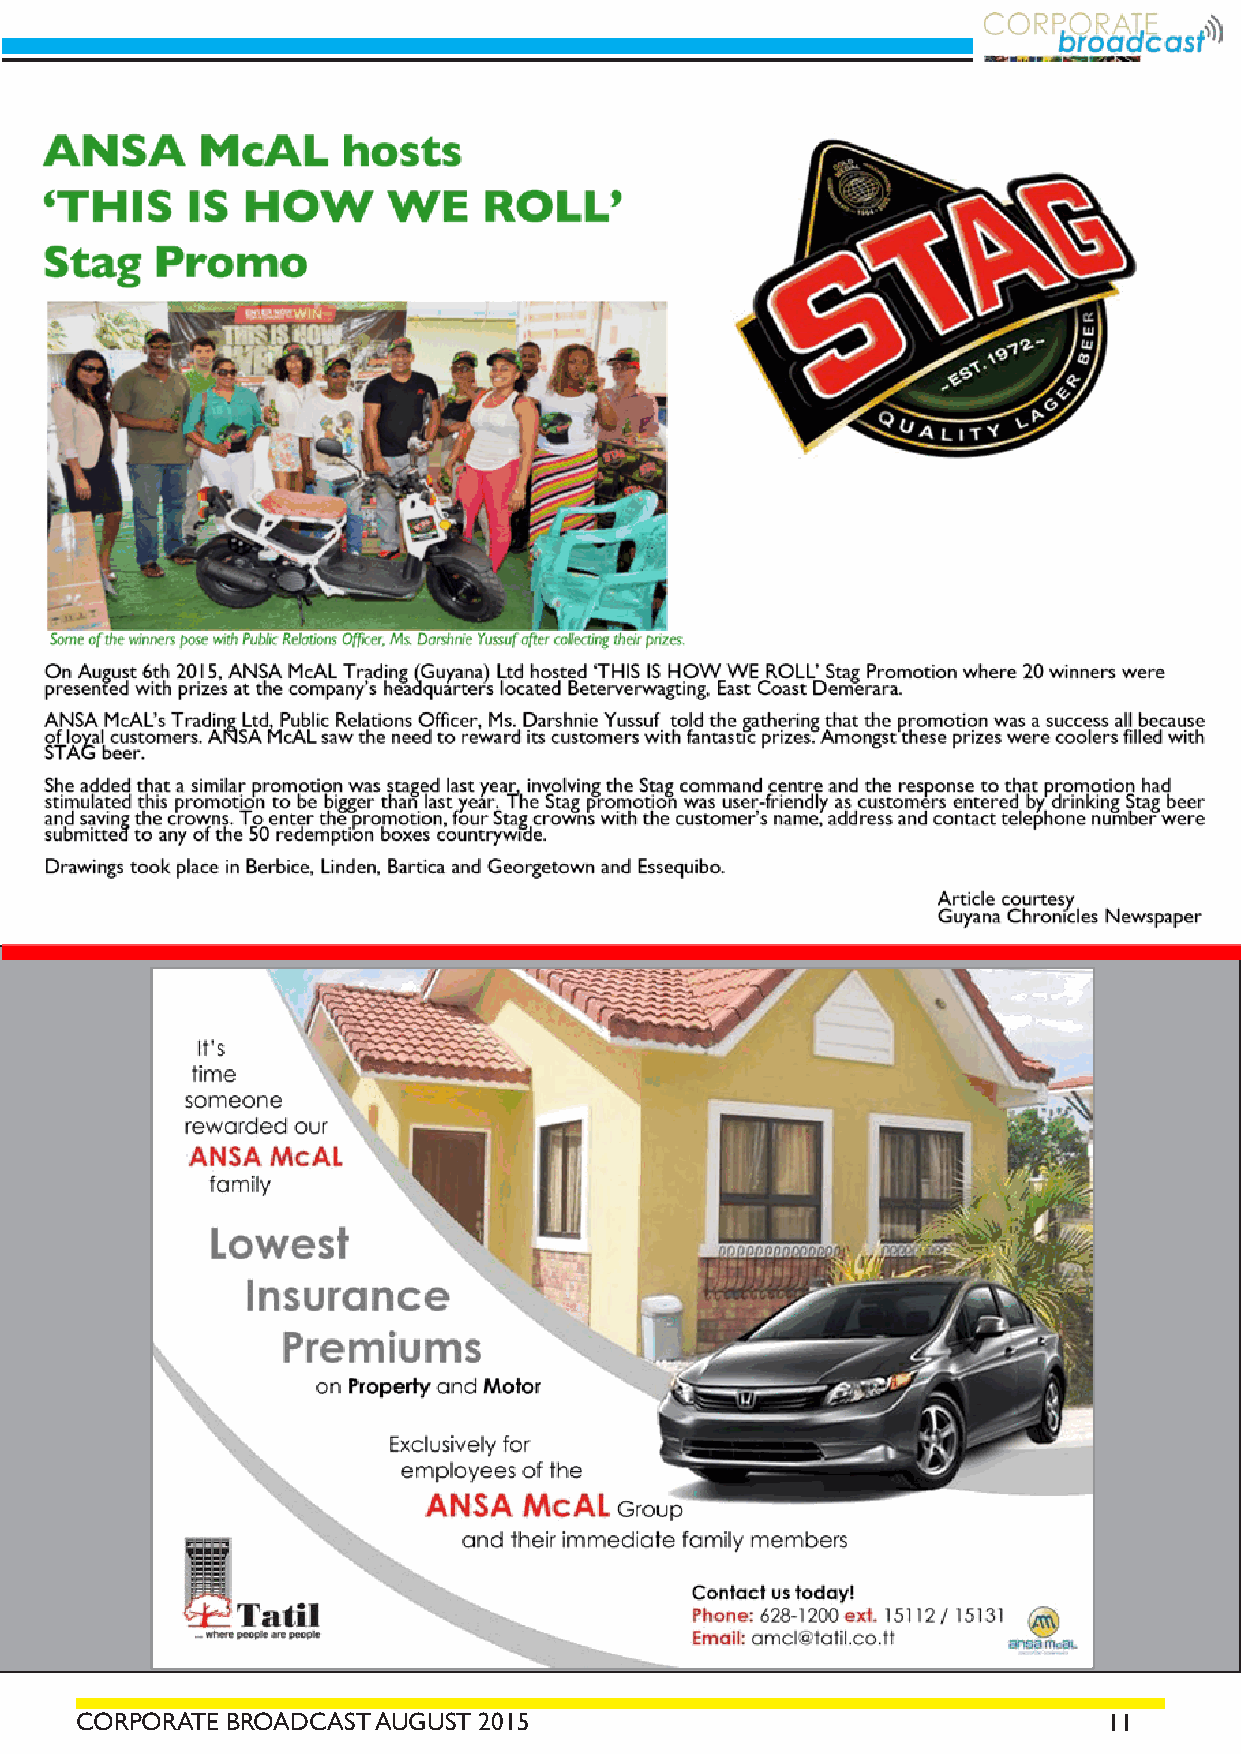
CORPORATE BROADCAST AUGUST 2015                                     11